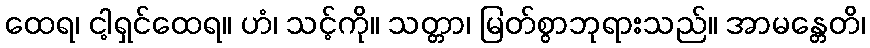
ထေရ၊ ငါ့ရှင်ထေရ။ ဟံ၊ သင့်ကို။ သတ္တာ၊ မြတ်စွာဘုရားသည်။ အာမန္တေတိ၊